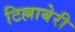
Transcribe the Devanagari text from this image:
टिल्लाबेरी